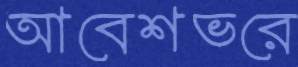
আবেশভরে